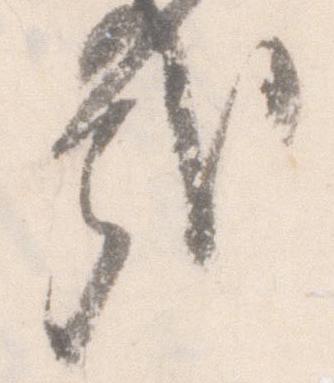
哉